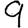
Digit: 9